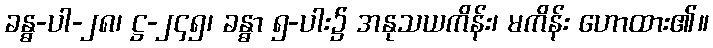
ခန္ဓ-ပါ-၂၈၊ ဋ္ဌ-၂၄၅၊ ခန္ဓာ ၅-ပါး၌ အနုသယကိန်း၊ မကိန်း ဟောထား၏။